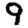
Digit: 9